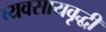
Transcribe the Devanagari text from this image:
व्यवसायवृद्धी